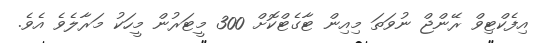
އިފެކްޓިވް ރޭންޖް ނުވަތަ މިއިން ޓާގެޓްކޮށް 300 މީޓަރުން މީހަކު މަރާލެވެ އެވެ.